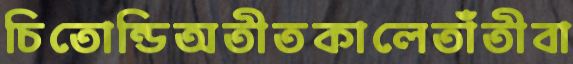
চিতোন্ডিঅতীতকালেতাঁতীবা